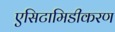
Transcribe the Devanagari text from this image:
एसिटामिडीकरण